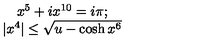
\begin{array} { c } { x ^ { 5 } + i x ^ { 1 0 } = i \pi ; } \\ { | x ^ { 4 } | \leq \sqrt { u - \cosh x ^ { 6 } } } \\ \end{array}